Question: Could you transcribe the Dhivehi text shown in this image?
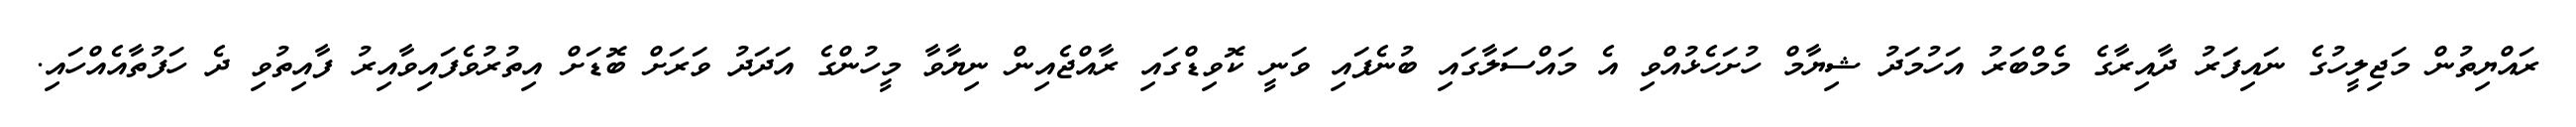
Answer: ރައްޔިތުން މަޖިލީހުގެ ނައިފަރު ދާއިރާގެ މެމްބަރު އަހުމަދު ޝިޔާމް ހުށަހެޅުއްވި އެ މައްސަލާގައި ބުނެފައި ވަނީ ކޮވިޑްގައި ރާއްޖެއިން ނިޔާވާ މީހުންގެ އަދަދު ވަރަށް ބޮޑަށް އިތުރުވެފައިވާއިރު ފާއިތުވި ދެ ހަފުތާއެއްހައި.